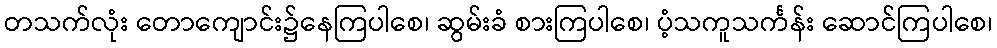
တသက်လုံး တောကျောင်း၌နေကြပါစေ၊ ဆွမ်းခံ စားကြပါစေ၊ ပံ့သကူသင်္ကန်း ဆောင်ကြပါစေ၊